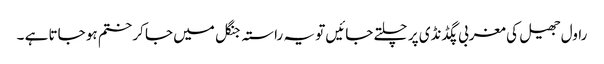
راول جھیل کی مغربی پگڈنڈی پر چلتے جائیں تو یہ راستہ جنگل میں جا کر ختم ہو جاتا ہے ۔